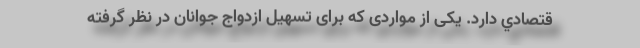
قتصادي دارد. یکی از مواردی که برای تسهيل ازدواج جوانان در نظر گرفته